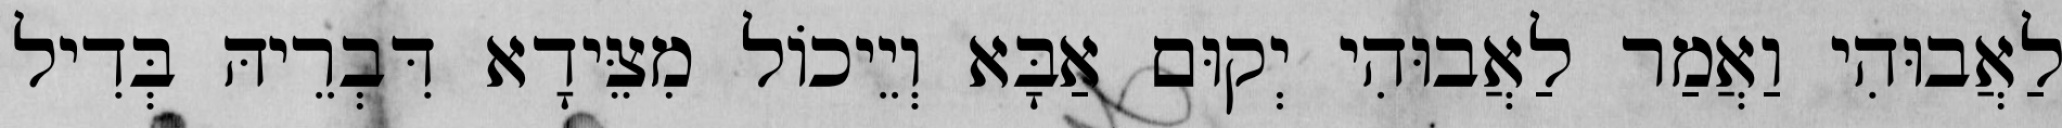
לַאֲבוּהִי וַאֲמַר לַאֲבוּהִי יְקוּם אַבָּא וְיֵיכוֹל מִצֵּידָא דִּבְרֵיהּ בְּדִיל